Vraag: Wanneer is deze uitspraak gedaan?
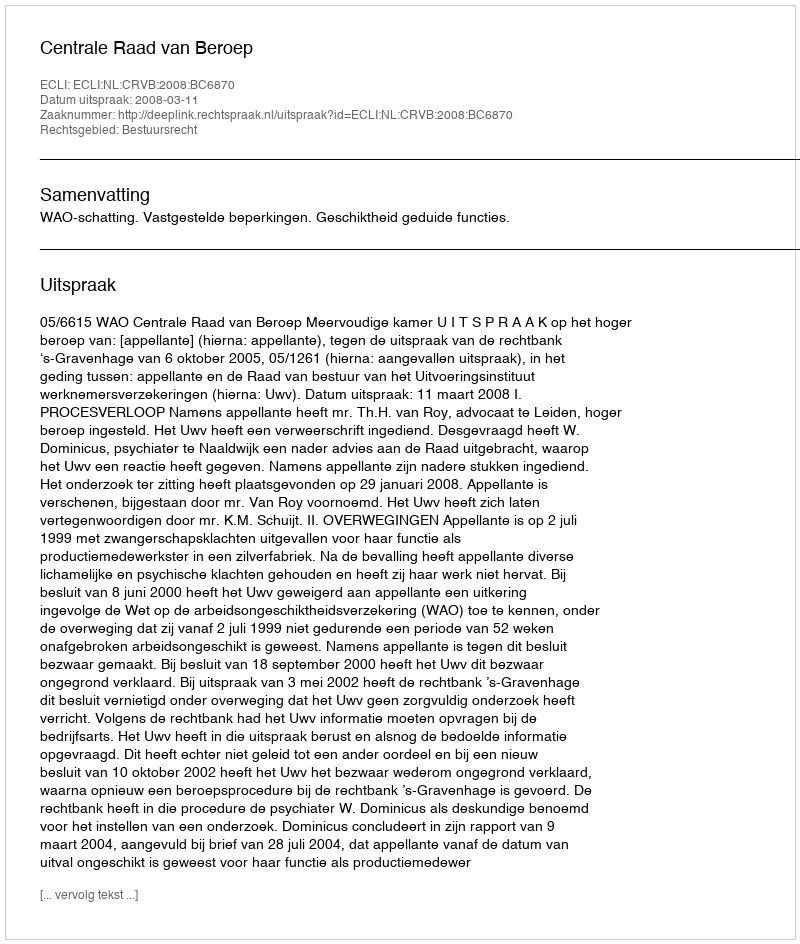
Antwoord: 2008-03-11